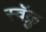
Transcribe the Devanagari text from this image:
स्वॅक्रु